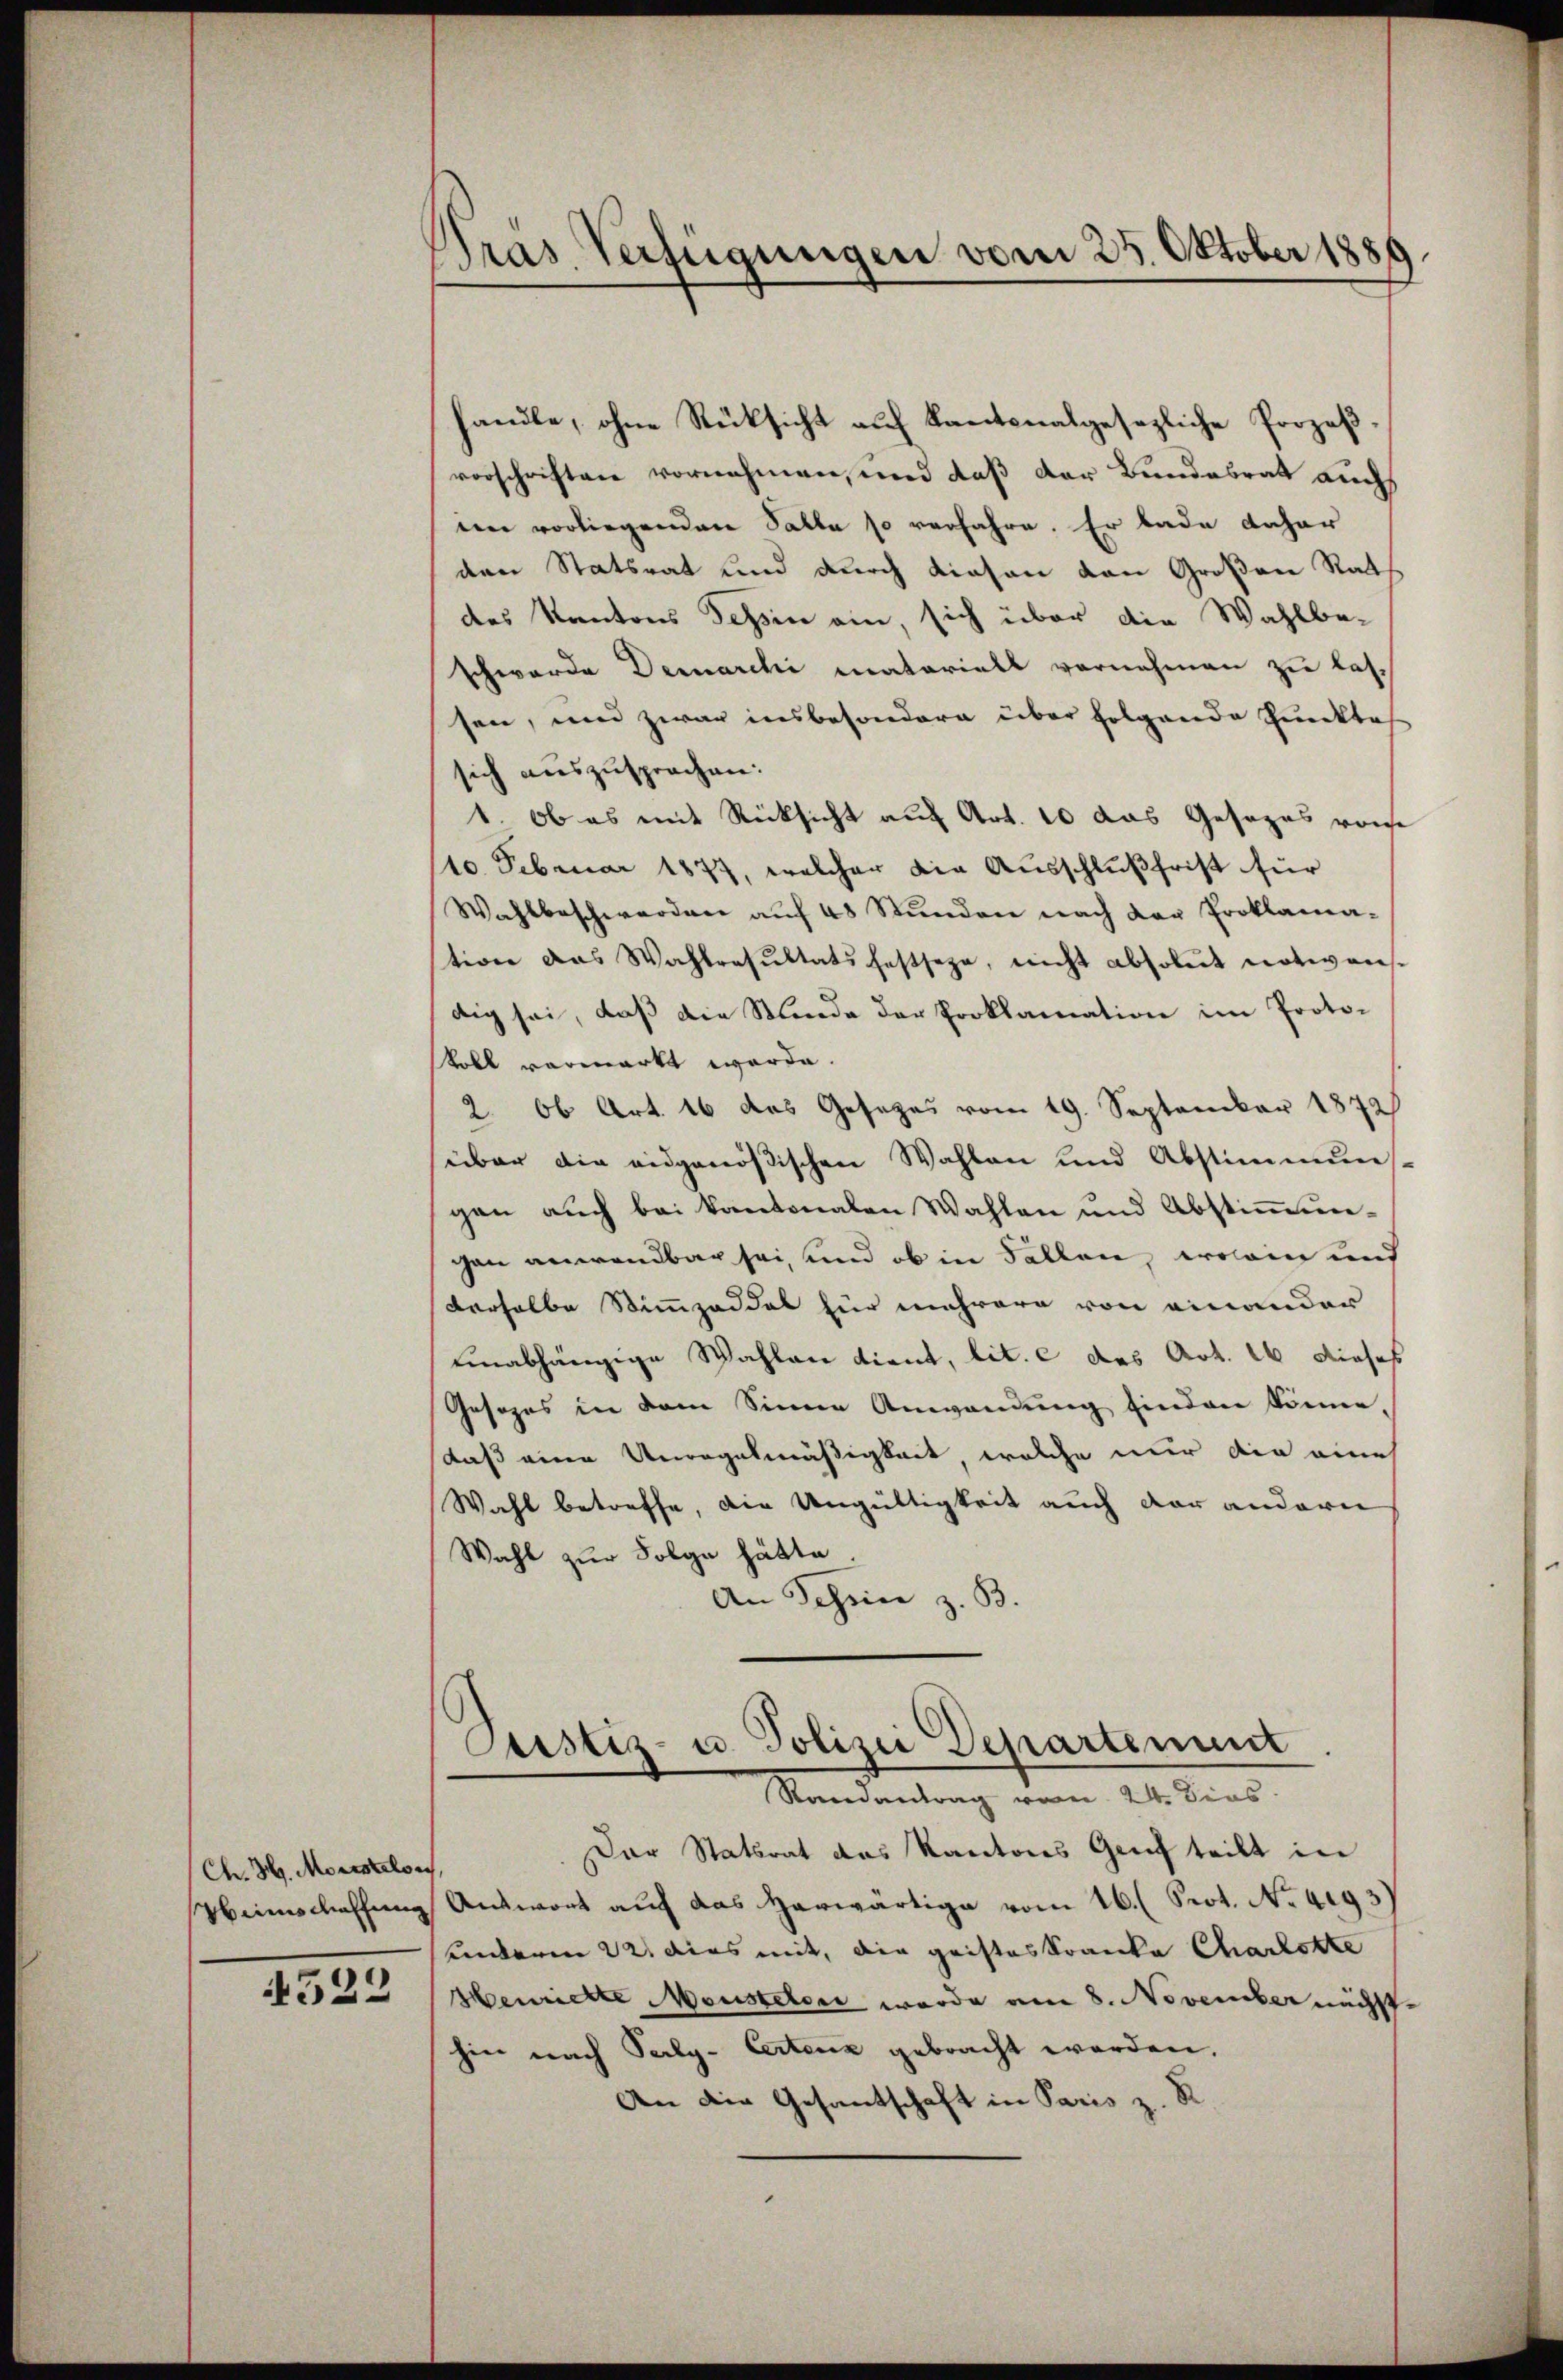
Ch. 3. Morstelois,
Heimschaffung

4522

Pras Verfügungen vom 23. Oktober 1880

handle, ohne Rücksicht auf Kantonalgesezliche Prozeßvorschriften vornehmen, und daß der Bundesrat auch
een vorliegenden Salle so verfahre. Er bade daher
den Statsrat und durch diesen von Großene Rats
des Kantons Tessin ein, sich über die Wahlbe-
schwerde Demarchi matorials vornehmen zu lassen, und zwar insbesondere über folgende Punktes
sich auszusprochen.
1. Ob es mit Rücksicht auf Art. 10 das Gesages vonse
10. Februar 1877, welcher die Ausschlußfrist für
Wahlbeschwerden aŭf 48 Stŭnden nach der Proklama-
tion das Wahlresŭltats festseze, nicht absolut notwens-
dig sei, daß die Minde der Proklamation im Proto-
svoll vermarkt werde.
2. Ob Art. 16 das Gesezes vom 19. September 1872
über die eidgenößischen Wahlen und Abstimmun
gen auch bei Kantonalen Wahlen und Abstimmungen anwendbar sei, und ob in Fallen, worin und
derselbe Stimmzeddel für mehrere von einander
unabhängige Wahlen dient, lit. c des Art. 26 dieses
Gesezes in dem Sinne Anwendung finden könne,
daß eine Unregelmäßigkeit, welche nur die eine
Wahl betreffe, die Ungültigkeit auch vor andern
Wahl zur Folge hätte.
An Tessin z. B.
)
Justiz- u. Polizei Departement
Randantrag vom 24. Dies
Der Statsrat des Kantons Genf teilt in
Antwort auf das herwärtige vom 16. (Prot. No. 4093)
anderen 22. dies mit, die gristeskranke Charlotte
Henriette Mousteteri wurde am 8. November nächst
hin nach Perly- Cartenz gebracht worden.
An die Gesantschaft in Paris z. R